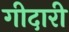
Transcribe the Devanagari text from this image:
गीदारी